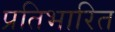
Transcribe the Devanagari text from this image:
प्रतिभारित